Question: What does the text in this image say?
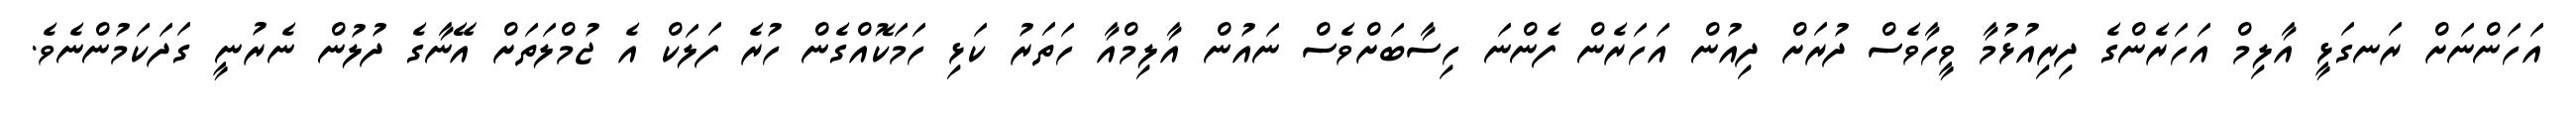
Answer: އަހަންނަށް ރަނގަޅީ އާލިމް އަހަރެންގެ ދިރިއުޅުމާ ވީހާވެސް ދުރަށް ދިއުން އަހަރެން ފެންނަ ހިސާބަށްވެސް ނައުން އާލިމްއާ ހަތަރު ކަޅި ހަމަކޮއްގެން ހުރެ ފަލަކް އެ ޖުމްލަތަށް އޭނާގެ ދުލުން ނެރުނީ ގަދަކަމުންނެވެ.